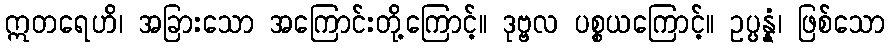
ဣတရေဟိ၊ အခြားသော အကြောင်းတို့ကြောင့်။ ဒုဗ္ဗလ ပစ္စယကြောင့်။ ဥပ္ပန္နံ၊ ဖြစ်သော